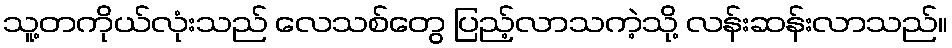
သူ့တကိုယ်လုံးသည် လေသစ်တွေ ပြည့်လာသကဲ့သို့ လန်းဆန်းလာသည်။